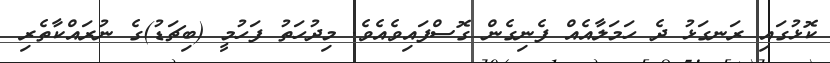
ކޮޅުގައި ރަނގަޅު ދެ ހަމަލާއެއް ފެނިގެން ގޮސްފައިވެއެވެ. މިދުހަތު ފަހުމީ (ބިޗަޑު)ގެ ނުރައްކާތެރި